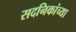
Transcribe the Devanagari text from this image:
सदनिकांच्या